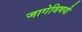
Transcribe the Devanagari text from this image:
जागेविषयी